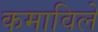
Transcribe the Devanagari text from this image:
कमाविले